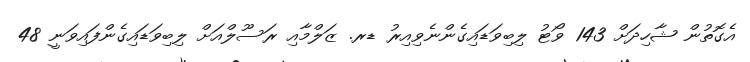
އެގޮތުން ޝާހިދަށް 143 ވޯޓު ލިބިވަޑައިގެންނެވިއިރު ޑރ. ޒަލްމާއި ރަސޫލްއަށް ލިބިވަޑައިގެންފައިވަނީ 48